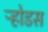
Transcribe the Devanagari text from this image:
ऱ्होडस